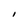
Character: i